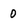
Character: 0